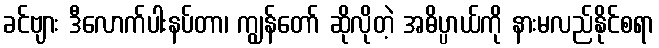
ခင်ဗျား ဒီလောက်ပါးနပ်တာ၊ ကျွန်တော် ဆိုလိုတဲ့ အဓိပ္ပာယ်ကို နားမလည်နိုင်စရာ